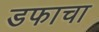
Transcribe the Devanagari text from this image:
डफाचा